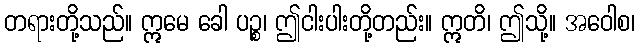
တရားတို့သည်။ ဣမေ ခေါ ပဉ္စ၊ ဤငါးပါးတို့တည်း။ ဣတိ၊ ဤသို့။ အဝေါစ၊